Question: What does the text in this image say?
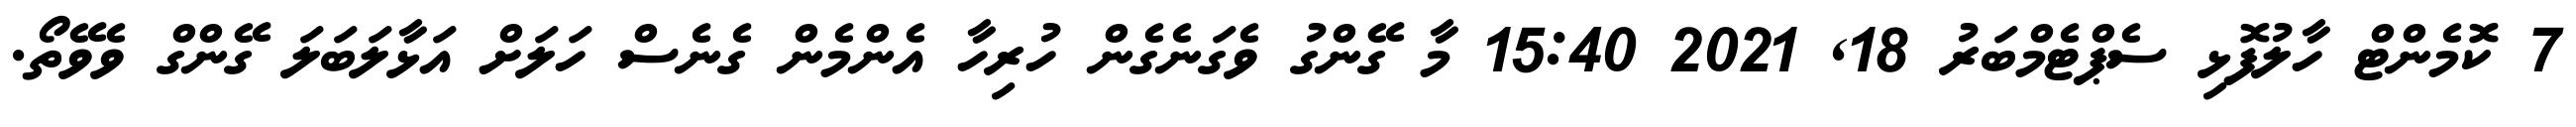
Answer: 7 ކޮމެންޓް ހާލުފޮޅި ސެޕްޓެމްބަރު 18, 2021 15:40 މާ ގޭންގު ވެގަނެގެން ހުރިހާ އެންމެން ގެނެސް ހަލަށް އަޅާލަބަލަ ގޭންގް ވެވޭތޯ.